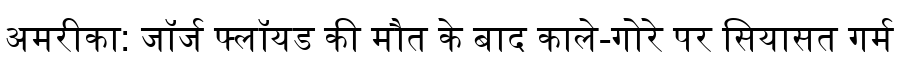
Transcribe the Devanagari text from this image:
अमरीका: जॉर्ज फ्लॉयड की मौत के बाद काले-गोरे पर सियासत गर्म